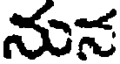
నున